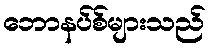
ဘောနပ်စ်များသည်